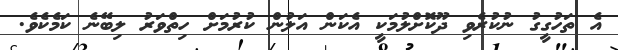
އެ ތަހުގީގު ނުކުރެވި ދޫކޮށްލުމަކީ އެކަން އަލުން ކުރުމަށް ހިތްވަރު ލިބޭނެ ކަމެކެވެ.